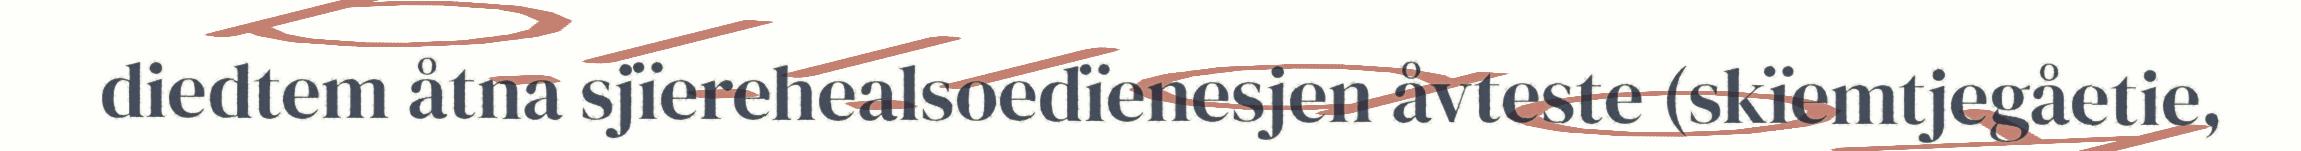
diedtem åtna sjïerehealsoedïenesjen åvteste (skïemtjegåetie,